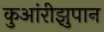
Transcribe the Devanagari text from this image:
कुआंरीझुपान